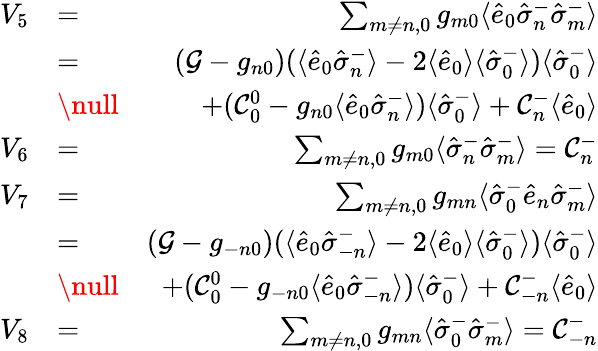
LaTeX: \begin{array}{rlr}{V_{5}}&{=}&{\sum_{m\neq n,0}g_{m0}\langle\hat{e}_{0}\hat{\sigma}_{n}^{-}\hat{\sigma}_{m}^{-}\rangle}\\ &{=}&{({\cal G}-g_{n0})(\langle\hat{e}_{0}\hat{\sigma}_{n}^{-}\rangle-2\langle\hat{e}_{0}\rangle\langle\hat{\sigma}_{0}^{-}\rangle)\langle\hat{\sigma}_{0}^{-}\rangle}\\ &{\null}&{+({\cal C}_{0}^{0}-g_{n0}\langle\hat{e}_{0}\hat{\sigma}_{n}^{-}\rangle)\langle\hat{\sigma}_{0}^{-}\rangle+{\cal C}_{n}^{-}\langle\hat{e}_{0}\rangle}\\ {V_{6}}&{=}&{\sum_{m\neq n,0}g_{m0}\langle\hat{\sigma}_{n}^{-}\hat{\sigma}_{m}^{-}\rangle={\cal C}_{n}^{-}}\\ {V_{7}}&{=}&{\sum_{m\neq n,0}g_{mn}\langle\hat{\sigma}_{0}^{-}\hat{e}_{n}\hat{\sigma}_{m}^{-}\rangle}\\ &{=}&{({\cal G}-g_{-n0})(\langle\hat{e}_{0}\hat{\sigma}_{-n}^{-}\rangle-2\langle\hat{e}_{0}\rangle\langle\hat{\sigma}_{0}^{-}\rangle)\langle\hat{\sigma}_{0}^{-}\rangle}\\ &{\null}&{+({\cal C}_{0}^{0}-g_{-n0}\langle\hat{e}_{0}\hat{\sigma}_{-n}^{-}\rangle)\langle\hat{\sigma}_{0}^{-}\rangle+{\cal C}_{-n}^{-}\langle\hat{e}_{0}\rangle}\\ {V_{8}}&{=}&{\sum_{m\neq n,0}g_{mn}\langle\hat{\sigma}_{0}^{-}\hat{\sigma}_{m}^{-}\rangle={\cal C}_{-n}^{-}}\end{array}